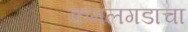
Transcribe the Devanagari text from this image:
कमलगडाचा